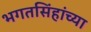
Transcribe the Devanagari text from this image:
भगतसिंहांच्या